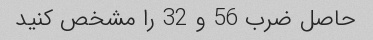
حاصل ضرب 56 و 32 را مشخص کنید